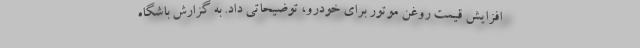
افزایش قیمت روغن موتور برای خودرو، توضیحاتی داد. به گزارش باشگاه